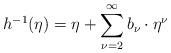
LaTeX: \begin{align*}h^{-1}(\eta)=\eta+\sum_{\nu=2}^\infty b_\nu\cdot\eta^\nu\end{align*}